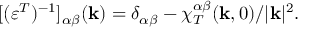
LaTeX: [ ( \varepsilon ^ { T } ) ^ { - 1 } ] _ { \alpha \beta } ( { \bf k } ) = \delta _ { \alpha \beta } - { \chi } _ { T } ^ { \alpha \beta } ( { \bf k } , 0 ) / | { \bf k } | ^ { 2 } .